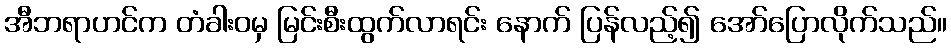
အီဘရာဟင်က တံခါးဝမှ မြင်းစီးထွက်လာရင်း နောက် ပြန်လည့်၍ အော်ပြောလိုက်သည်။